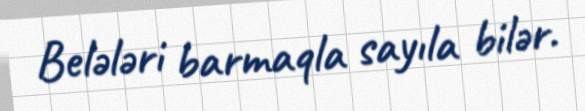
Belələri barmaqla sayıla bilər.